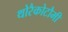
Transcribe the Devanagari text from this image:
थोरैकोटौमी